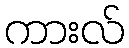
ကားလ်